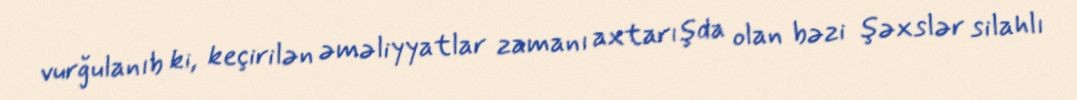
vurğulanıb ki, keçirilən əməliyyatlar zamanı axtarışda olan bəzi şəxslər silahlı